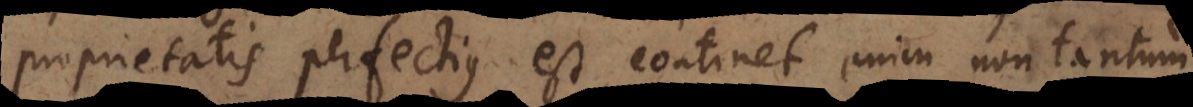
proprietatis perfectius est, continet enim non tantum